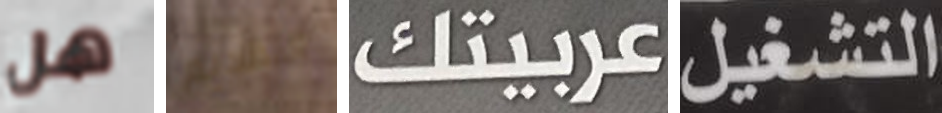
هل التقديم عربيتك التشغيل